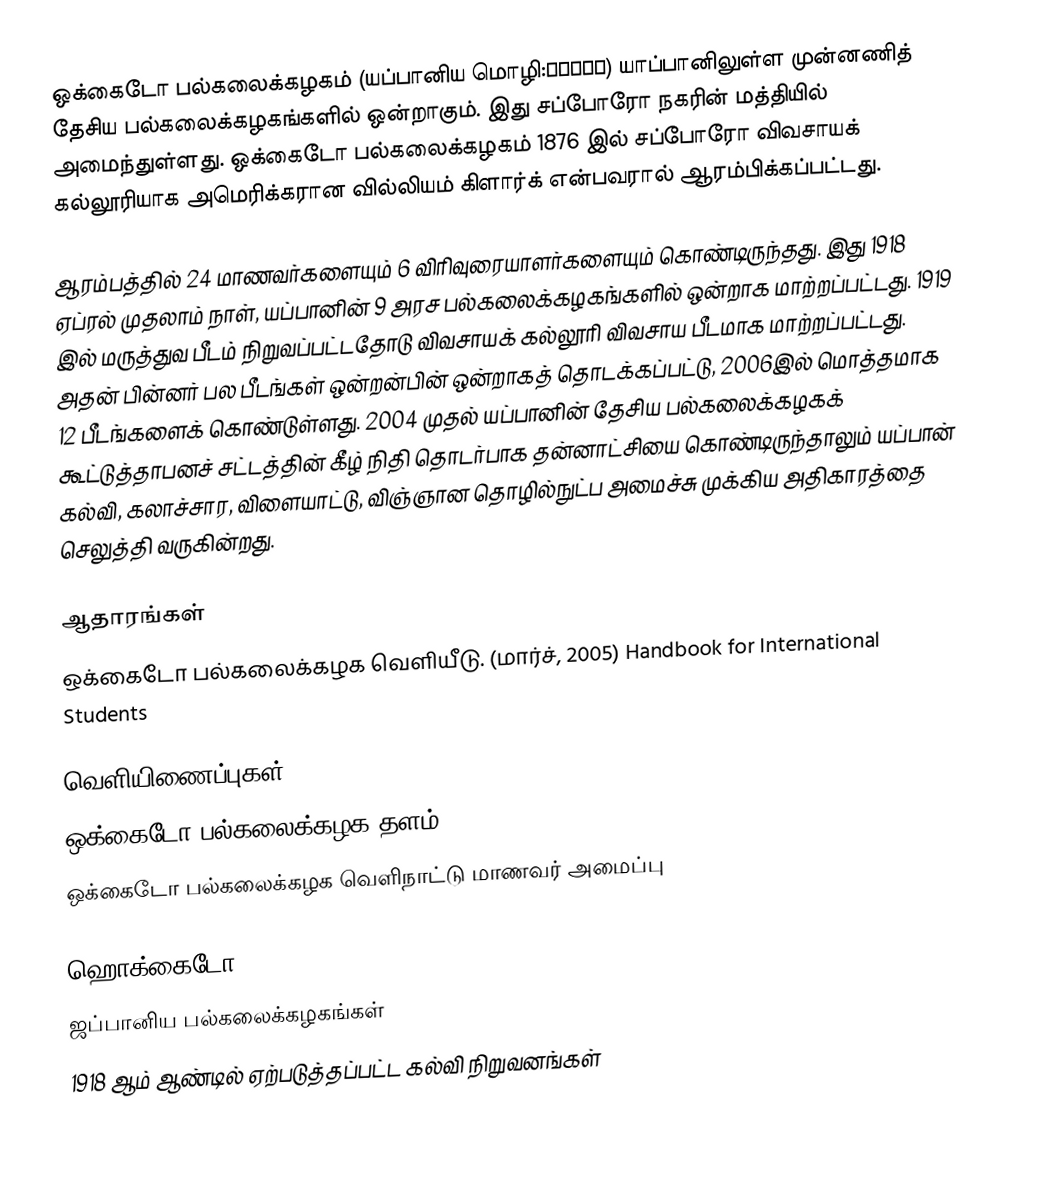
ஒக்கைடோ பல்கலைக்கழகம் (யப்பானிய மொழி:北海道大学) யாப்பானிலுள்ள முன்னணித் தேசிய பல்கலைக்கழகங்களில் ஒன்றாகும். இது சப்போரோ நகரின் மத்தியில்  அமைந்துள்ளது. ஒக்கைடோ பல்கலைக்கழகம் 1876 இல் சப்போரோ விவசாயக் கல்லூரியாக அமெரிக்கரான வில்லியம் கிளார்க் என்பவரால் ஆரம்பிக்கப்பட்டது.

ஆரம்பத்தில் 24 மாணவர்களையும் 6 விரிவுரையாளர்களையும் கொண்டிருந்தது. இது 1918 ஏப்ரல் முதலாம் நாள், யப்பானின் 9 அரச பல்கலைக்கழகங்களில் ஒன்றாக மாற்றப்பட்டது. 1919 இல் மருத்துவ பீடம் நிறுவப்பட்டதோடு விவசாயக் கல்லூரி விவசாய பீடமாக மாற்றப்பட்டது. அதன் பின்னர் பல பீடங்கள் ஒன்றன்பின் ஒன்றாகத் தொடக்கப்பட்டு, 2006இல் மொத்தமாக 12 பீடங்களைக் கொண்டுள்ளது. 2004 முதல்  யப்பானின் தேசிய பல்கலைக்கழகக் கூட்டுத்தாபனச் சட்டத்தின் கீழ் நிதி தொடர்பாக தன்னாட்சியை கொண்டிருந்தாலும் யப்பான் கல்வி, கலாச்சார, விளையாட்டு, விஞ்ஞான தொழில்நுட்ப அமைச்சு முக்கிய அதிகாரத்தை செலுத்தி வருகின்றது.

ஆதாரங்கள்
 ஒக்கைடோ பல்கலைக்கழக வெளியீடு. (மார்ச், 2005) Handbook for International Students

வெளியிணைப்புகள்
ஒக்கைடோ பல்கலைக்கழக தளம்
ஒக்கைடோ பல்கலைக்கழக வெளிநாட்டு மாணவர் அமைப்பு

ஹொக்கைடோ
ஜப்பானிய பல்கலைக்கழகங்கள்
1918 ஆம் ஆண்டில் ஏற்படுத்தப்பட்ட கல்வி நிறுவனங்கள்